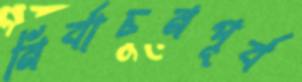
নির্বাচনপূর্ব